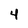
Character: 4